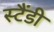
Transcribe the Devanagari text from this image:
स्टैंडी